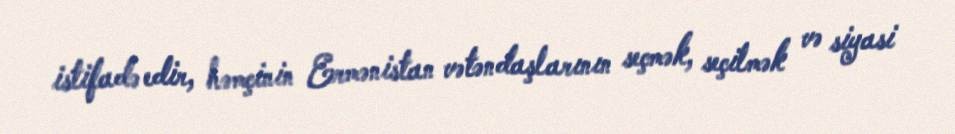
istifadə edir, həmçinin Ermənistan vətəndaşlarının seçmək, seçilmək və siyasi